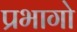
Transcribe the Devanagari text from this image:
प्रभागो